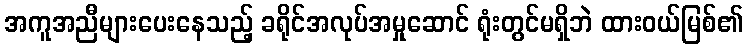
အကူအညီများပေးနေသည့် ခရိုင်အလုပ်အမှုဆောင် ရုံးတွင်မရှိဘဲ ထားဝယ်မြစ်၏